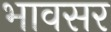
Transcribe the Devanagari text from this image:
भावसर